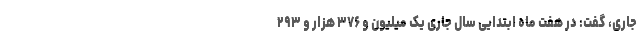
جاری، گفت: در هفت ماه ابتدایی سال جاری یک میلیون و ۳۷۶ هزار و ۲۹۳